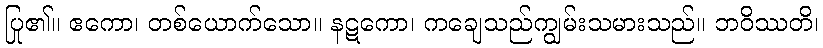
ပြု၏။ ဧကော၊ တစ်ယောက်သော။ နဋကော၊ ကချေသည်ကျွမ်းသမားသည်။ ဘဝိဿတိ၊